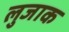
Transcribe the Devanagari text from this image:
लुजाक